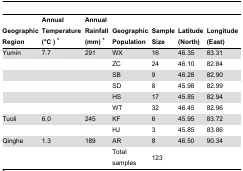
<table><thead><tr><td><b>Geographic Region</b></td><td><b>Annual Temperature (°C ) *</b></td><td><b>Annual Rainfall (mm) *</b></td><td><b>Geographic Population</b></td><td><b>Sample Size</b></td><td><b>Latitude (North)</b></td><td><b>Longitude (East)</b></td></tr></thead><tbody><tr><td>Yumin</td><td>7.7</td><td>291</td><td>WX</td><td>16</td><td>46.35</td><td>83.31</td></tr><tr><td></td><td></td><td></td><td>ZC</td><td>24</td><td>46.10</td><td>82.84</td></tr><tr><td></td><td></td><td></td><td>SB</td><td>9</td><td>46.28</td><td>82.90</td></tr><tr><td></td><td></td><td></td><td>SD</td><td>8</td><td>45.98</td><td>82.99</td></tr><tr><td></td><td></td><td></td><td>HS</td><td>17</td><td>45.85</td><td>82.94</td></tr><tr><td></td><td></td><td></td><td>WT</td><td>32</td><td>46.45</td><td>82.96</td></tr><tr><td>Tuoli</td><td>6.0</td><td>245</td><td>KF</td><td>6</td><td>45.95</td><td>83.72</td></tr><tr><td></td><td></td><td></td><td>HJ</td><td>3</td><td>45.85</td><td>83.86</td></tr><tr><td>Qinghe</td><td>1.3</td><td>189</td><td>AR</td><td>8</td><td>46.50</td><td>90.34</td></tr><tr><td></td><td></td><td></td><td>Total samples</td><td>123</td><td></td><td></td></tr></tbody></table>